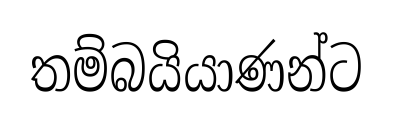
තම්බයියාණන්ට